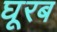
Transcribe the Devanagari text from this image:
घूरब